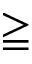
\geqq